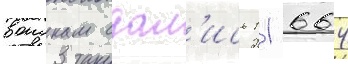
воискам сдал'ись 11 664